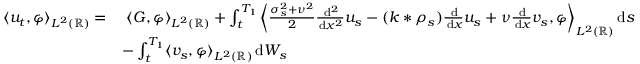
\begin{array} { r l } { \langle u _ { t } , \varphi \rangle _ { L ^ { 2 } ( \mathbb { R } ) } = } & { \; \langle G , \varphi \rangle _ { L ^ { 2 } ( \mathbb { R } ) } + \int _ { t } ^ { T _ { 1 } } \bigg \langle \frac { \sigma _ { s } ^ { 2 } + \nu ^ { 2 } } { 2 } \frac { \, \mathrm { d } ^ { 2 } } { \, \mathrm { d } x ^ { 2 } } u _ { s } - ( k * \rho _ { s } ) \frac { \, \mathrm { d } } { \, \mathrm { d } x } u _ { s } + \nu \frac { \, \mathrm { d } } { \, \mathrm { d } x } v _ { s } , \varphi \bigg \rangle _ { L ^ { 2 } ( \mathbb { R } ) } \, \mathrm { d } s } \\ & { - \int _ { t } ^ { T _ { 1 } } \langle v _ { s } , \varphi \rangle _ { L ^ { 2 } ( \mathbb { R } ) } \, \mathrm { d } W _ { s } } \end{array}